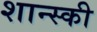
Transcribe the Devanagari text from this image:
शान्स्की